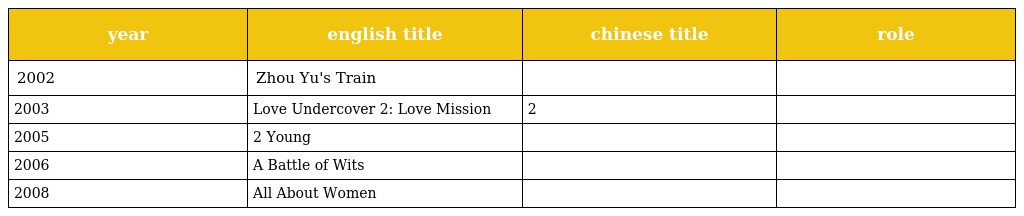
| year | english title | chinese title | role |
 | --- | --- | --- | --- |
 | 2002 | Zhou Yu's Train | 周渔的火车 |  |
 | 2003 | Love Undercover 2: Love Mission | 新扎师妹2 |  |
 | 2005 | 2 Young | 早熟 |  |
 | 2006 | A Battle of Wits | 墨攻 |  |
 | 2008 | All About Women | 女人不坏 |  |